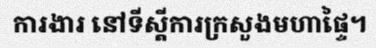
ការងារ នៅទីស្តីការក្រសួងមហាផ្ទៃ។